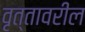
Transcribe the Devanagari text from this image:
वृत्तावरील